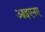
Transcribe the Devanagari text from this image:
आइएनए